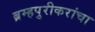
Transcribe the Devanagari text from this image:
ब्रम्हपुरीकरांचा